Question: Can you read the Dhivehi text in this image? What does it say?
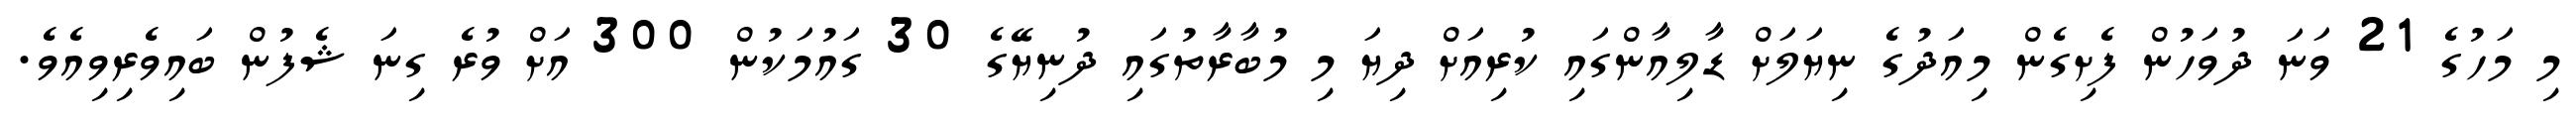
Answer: މި މަހުގެ 21 ވަނަ ދުވަހުން ފެށިގެން މިއަދުގެ ނިޔަލަށް ޑާލިއާންގައި ކުރިއަށް ދިޔަ މި މުބާރާތުގައި ދުނިޔޭގެ 30 ގައުމަކުން 300 އަށް ވުރެ ގިނަ ޝެފުން ބައިވެރިވިއެވެ.